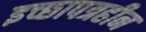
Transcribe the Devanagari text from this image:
इच्छापत्रहीन